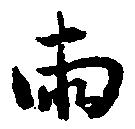
両